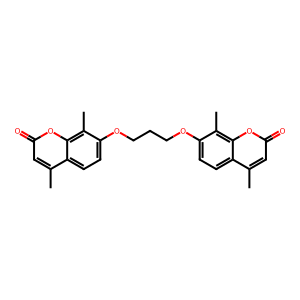
SMILES: Cc1cc(=O)oc2c(C)c(OCCCOc3ccc4c(C)cc(=O)oc4c3C)ccc12
Inhibits HIV replication: No